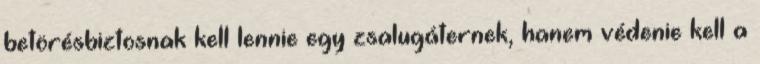
betörésbiztosnak kell lennie egy zsalugáternek, hanem védenie kell a